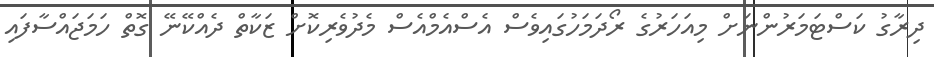
ދިރާގު ކަސްޓަމަރުންނަށް މިއަހަރުގެ ރޯދަމަހުގައިވެސް އެސްއެމްއެސް މެދުވެރިކޮށް ޒަކާތް ދެއްކޭނޭ ގޮތް ހަމަޖައްސާފައި